Applicability to medico-legal practice in India of the biochemical tests for the origin of blood-stains - Number 39
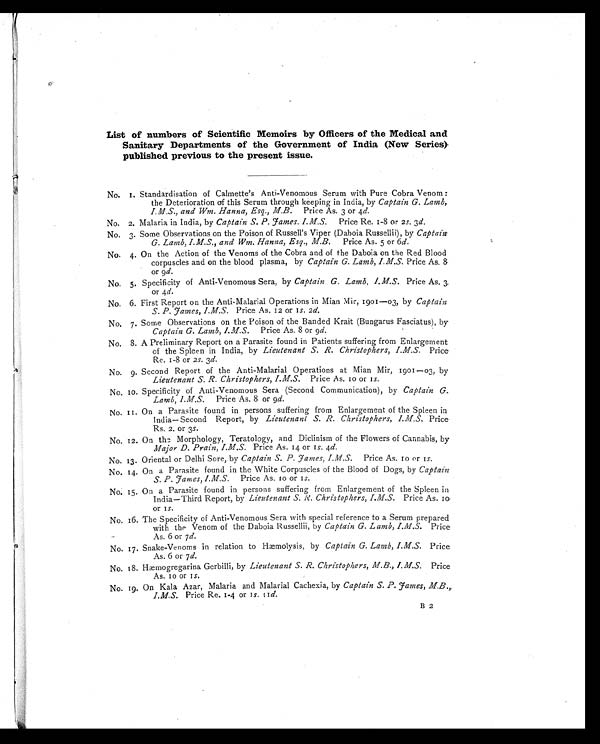
List of numbers of Scientific Memoirs by Officers of the Medical and
Sanitary Departments of the Government of India (New Series)
published previous to the present issue.
No. 1. Standardisation of Calmette's Anti-Venomous Serum with Pure Cobra Venom :
the Deterioration of this Serum through keeping in India, by Captain G. Lamb,
I.M.S., and Wm. Hanna, Esq., M.B. Price As. 3 or 4 d.
No. 2. Malaria in India, by Captain S. P. Fames. I.M.S.
Price Re. 1-8 or 2s . 3 d.
No. 3. Some Observations on the Poison of Russell's Viper (Daboia Russellii), by Captain.
G. Lamb, I.M.S., and Wm. Hanna, Esq., M.D. Price As. 5 or 6 d.
No. 4. On the Action of the Venoms of the Cobra and of the Daboia on the Red Blood
corpuscles and on the blood plasma, by Captain G. Lamb, I.M.S. Price As. 8
or 9 d.
No. 5. Specificity of Anti-Venomous Sera, by Captain G. Lamb, I.M.S.
Price As. 3,
or 4 d.
No. 6. First Report on the Anti-Malarial Operations in Mian Mir, 1901-03, by Captain
S. P. Fames, I.M.S. Price As. 12 or 1s. 2 d.
No. 7. Some Observations on the Poison of the Banded Krait (Bungarus Fasciatus), by
Captain G. Lamb, I.M.S. Price As. 8 or 9 d.
No. 8. A Preliminary Report on a Parasite found in Patients suffering from Enlargement
of the Spleen in India, by Lieutenant S. R. Christophers, I.M.S. Price.
Re. 1-8 or 2 S. 3 d.
No. 9. Second Report of the Anti-Malarial Operations at Mian Mir, 1901-03, by
Lieutenant S. R. Christophers, I.M.S. Price As. 10 or 1 s.
No. 10. Specificity of Anti-Venomous Sera (Second Communication), by Captain G.
Lamb, I.M.S. Price As. 8 or 9 d.
No. 11. On a Parasite found in persons suffering from Enlargement of the Spleen in
India- Second Report, by Lieutenant S. R. Clzristophers, I.M.S. Price
Rs. 2. or 3s .
No. 12. On the Morphology, Teratology, and Diclinism of the Flowers of Cannabis, by
Major D. Prain, I.M.S. Price As. 14 or 1s. 4 d.
No. 13. Oriental or Delhi Sore, by Captain S. P. Fames, I.M.S. Price As. 10 or 1s.
No. 14. On a Parasite found in the White Corpuscles of the Blood of Dogs, by Captain
S. P. Fames, I.M.S.
Price As. 10 or 1 s.
No. 15. On a Parasite found in persons suffering from Enlargement of the Spleen in
India-Third Report, by Lieutenant S. R. Christophers, I.M.S. Price As. 10,
or 1s.
No. 16. The Specificity of Anti-Venomous Sera with special reference to a Serum prepared
with the Venom of the Daboia Russellii, by Captain G. Lamb, I.M.S. Price
As. 6 or 7 d.
No. 17. Snake-Venoms in relation to Hæmolysis, by Captain G. Lamb, I.M.S. Price
As. 6 or 7 d.
No. 18. Hæmogregarina Gerbilli, by Lieutenant S. R. Christophers, M.B., I.M.S. Price
As. 10 or 1s.
No. 19. On Kala Azar, Malaria and Malarial Cachexia, by Captain S. P. Fames, M.B.,
I.M.S. Price Re. 1-4 or 1s . 11d.
B 2